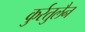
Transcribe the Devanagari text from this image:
कुर्रतुलैन